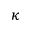
\kappa